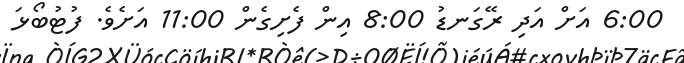
6:00 އަށް އަދި ރޭގަނޑު 8:00 އިން ފެށިގެން 11:00 އަށެވެ. ފުޓުބޯޅަ